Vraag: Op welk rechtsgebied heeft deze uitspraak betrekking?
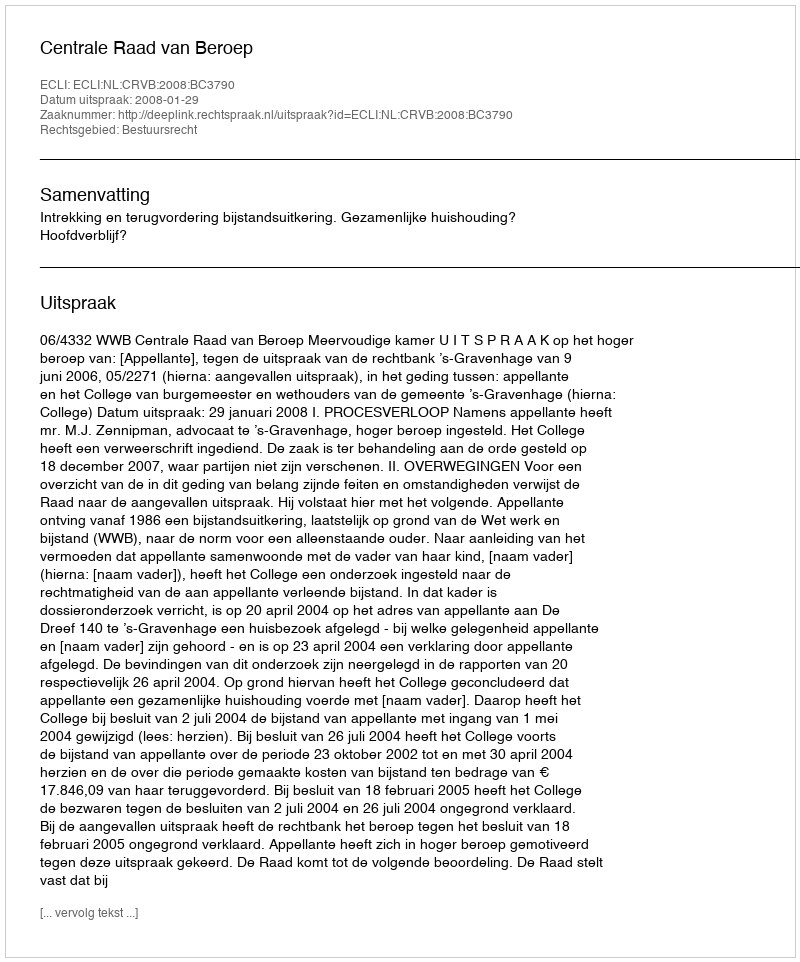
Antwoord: Bestuursrecht